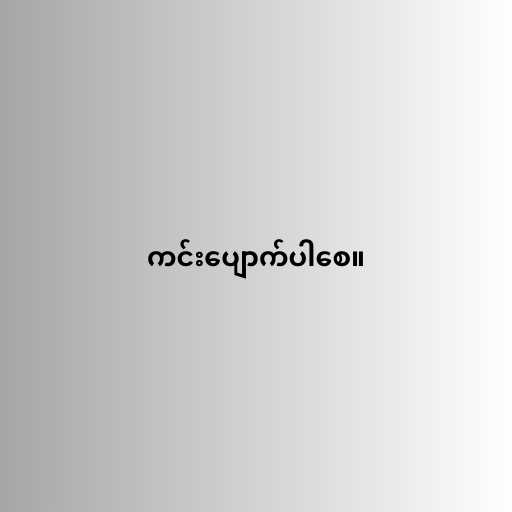
ကင်းပျောက်ပါစေ။